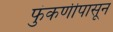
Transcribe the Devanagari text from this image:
फुंकणीपासून